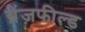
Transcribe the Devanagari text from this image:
ग्रेंजफील्ड